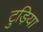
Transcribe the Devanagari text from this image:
टुड़िया